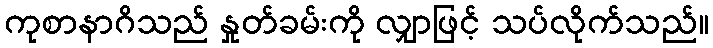
ကုစာနာဂိသည် နှုတ်ခမ်းကို လျှာဖြင့် သပ်လိုက်သည်။